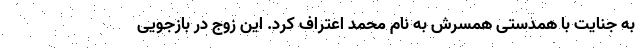
به جنایت با همدستی همسرش به نام محمد اعتراف کرد. این زوج در بازجویی